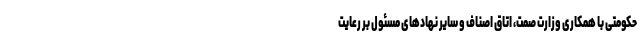
حکومتی با همکاری وزارت صمت، اتاق اصناف و سایر نهاد‌های مسئول بر رعایت